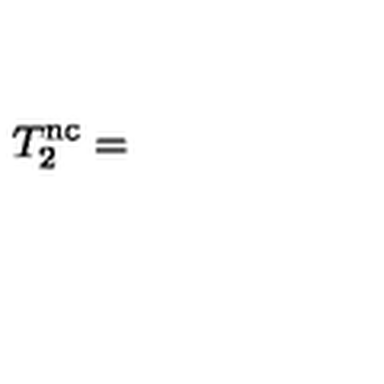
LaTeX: T _ { 2 } ^ { \mathrm { n c } } =